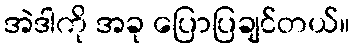
အဲဒါကို အခု ပြောပြချင်တယ်။